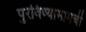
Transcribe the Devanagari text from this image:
पुरविण्यामागची